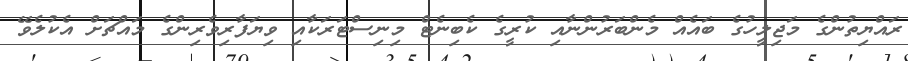
ރައްޔިތުންގެ މަޖިލީހުގެ ބައެއް މެންބަރުންނާއި ކުރީގެ ކެބިނެޓް މިނިސްޓަރަކާއި ވިޔަފާރިވެރިންގެ މައްޗަށް އެކުލެވޭ